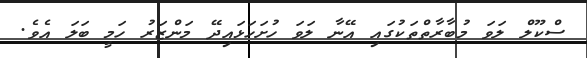
ސްކޫލް ލަވަ މުބާރާތްތަކުގައި އޭނާ ލަވަ ހުށަހަޅައިދޭ މަންޒަރު ހަމީ ބަލަ އެވެ.